Report of the Indian Hemp Drugs Commission, 1894-1895 - Volume IV
Year: 1894
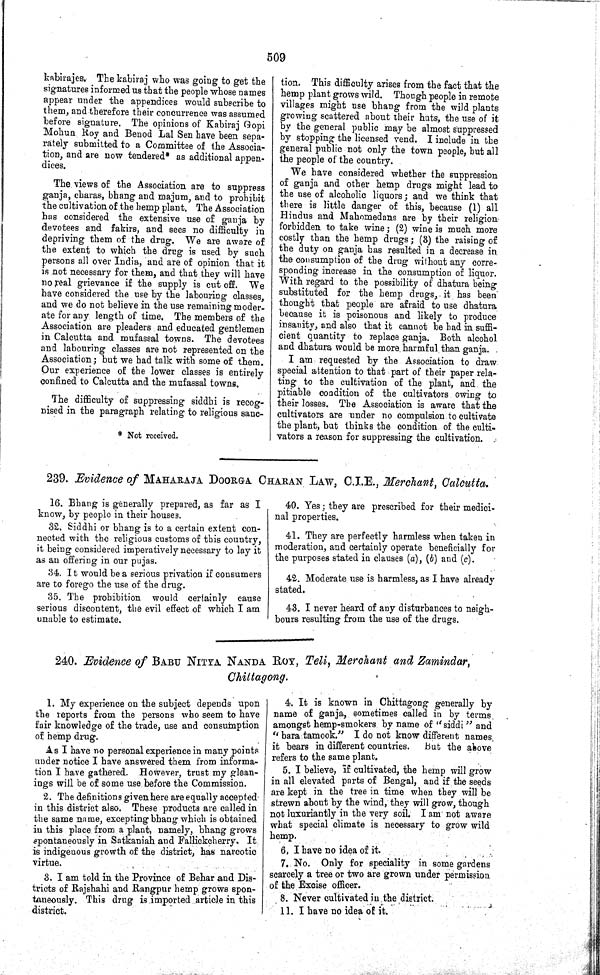
509
kabirajes. The kabiraj who was going to get the
signatures informed us that the people whose names
appear under the appendices would subscribe to
them, and therefore their concurrence was assumed
before signature. The opinions of Kabiraj Gopi
Mohun Roy and Benod Lal Sen have been sepa-
rately submitted to a Committee of the Associa-
tion, and are now tendered* as additional appen-
dices.
The views of the Association are to suppress
ganja, charas, bhang and majum, and to prohibit
the cultivation of the hemp plant. The Association
has considered the extensive use of ganja by
devotees and fakirs, and sees no difficulty in
depriving them of the drug. We are aware of
the extent to which the drug is used by such
persons all over India, and are of opinion that it
is not necessary for them, and that they will have
no real grievance if the supply is cut off. We
have considered the use by the labouring classes,
and we do not believe in the use remaining moder-
ate for any length of time. The members of the
Association are pleaders and educated gentlemen
in Calcutta and mufassal towns. The devotees
and labouring classes are not represented on the
Association; but we had talk with some of them.
Our experience of the lower classes is entirely
confined to Calcutta and the mufassal towns.
The difficulty of suppressing siddhi is recog-
nised in the paragraph relating to religious sanc-
* Not received.
tion. This difficulty arises from the fact that the
hemp plant grows wild. Though people in remote
villages might use bhang from the wild plants
growing scattered about their huts, the use of it
by the general public may be almost suppressed
by stopping the licensed vend. I include in the
general public not only the town people, but all
the people of the country.
We have considered whether the suppression
of ganja and other hemp drugs might lead to
the use of alcoholic liquors; and we think that
there is little danger of this, because (1) all
Hindus and Mahomedans are by their religion-
forbidden to take wine; (2) wine is much more
costly than the hemp drugs; (3) the raising of
the duty on ganja has resulted in a decrease in
the consumption of the drug without any corre-
sponding increase in the consumption of liquor.
With regard to the possibility of dhatura being
substituted for the hemp drugs, it has been
thought that people are afraid to use dhatura
because it is poisonous and likely to produce
insanity, and also that it cannot be had in suffi-
cient quantity to replace ganja. Both alcohol
and dhatura would be more harmful than ganja.
I am requested by the Association to draw
special attention to that part of their paper rela-
ting to the cultivation of the plant, and the
pitiable condition of the cultivators owing to
their losses. The Association is aware that the
cultivators are under no compulsion to cultivate
the plant, but thinks the condition of the culti-
vators a reason for suppressing the cultivation.
239. Evidence of MAHARAJA DOORGA CHARAN LAW, C.I.E., Merchant, Calcutta.
16. Bhang is generally prepared, as far as I
know, by people in their houses.
32. Siddhi or bhang is to a certain extent con-
nected with the religious customs of this country,
it being considered imperatively necessary to lay it
as an offering in our pujas.
34. It would be a serious privation if consumers
are to forego the use of the drug.
35. The prohibition would certainly cause
serious discontent, the evil effect of which I am
unable to estimate.
40. Yes; they are prescribed for their medici-
nal properties.
41. They are perfectly harmless when taken in
moderation, and certainly operate beneficially for
the purposes stated in clauses (a), (b) and (c).
42. Moderate use is harmless, as I have already
stated.
43. I never heard of any disturbances to neigh-
bours resulting from the use of the drugs.
240. Evidence of BABU NITYA NANDA ROY, Teli, Merchant and Zamindar,
Chittagong.
1. My experience on the subject depends upon
the reports from the persons who seem to have
fair knowledge of the trade, use and consumption
of hemp drug.
As I have no personal experience in many points
under notice I have answered them from informa-
tion I have gathered. However, trust my glean-
ings will be of some use before the Commission.
2. The definitions given here are equally accepted
in this district also. These products are called in
the same name, excepting bhang which is obtained
in this place from a plant, namely, bhang grows
spontaneously in Satkaniah and Fallickcherry, It.
is indigenous growth of the district, has narcotic
virtue.
3. I am told in the Province of Behar and Dis-
tricts of Rajshahi and Rangpur hemp grows spon-
taneously. This drug is imported article in this
district.
4. It is known in Chittagong generally by
name of ganja, sometimes called in by terms,
amongst hemp-smokers by name of "siddi" and
"bara tamook." I do not know different names
it bears in different countries.
But the above
refers to the same plant.
5. I believe, if cultivated, the hemp will grow
in all elevated parts of Bengal, and if the seeds
are kept in the tree in time when they will be
strewn about by the wind, they will grow, though
not luxuriantly in the very soil. I am not aware
what special climate is necessary to grow wild
hemp.
6. I have no idea of it.
7. No. Only for speciality in some gardens
scarcely a tree or two are grown under permission
of the Excise officer.
8. Never cultivated in the district.
11. I have no idea of it.